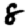
Digit: 8